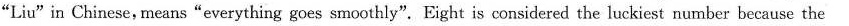
"Liu"in Chinese, means"everything goes smoothly" Eight is considered the luckiest number because the